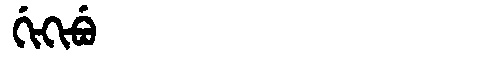
Manchu: ᡤᡳᡴᡳᠪᡠ
Romanization: GIKIBU